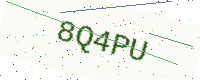
Text: 8Q4PU